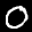
Label: 0